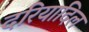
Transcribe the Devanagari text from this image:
दरियादिल